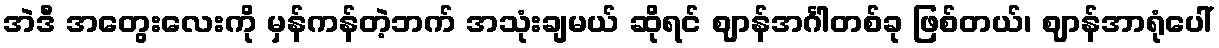
အဲဒီ အတွေးလေးကို မှန်ကန်တဲ့ဘက် အသုံးချမယ် ဆိုရင် ဈာန်အင်္ဂါတစ်ခု ဖြစ်တယ်၊ ဈာန်အာရုံပေါ်